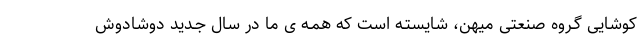
کوشایی گـروه صنعتی میهن، شایستـه است که همـه ی ما در سال جـدید دوشادوش